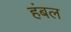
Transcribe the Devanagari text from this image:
हंबल